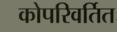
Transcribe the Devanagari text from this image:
कोपरिवर्तित